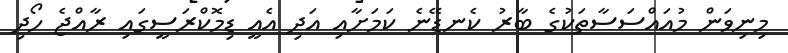
މިނިވަން މުއައްސަސާތަކުގެ ބާރު ކެނޑޭނެ ކަމަށާއި އަދި އެއީ ޑިމޮކްރަސީގައި ރާއްޖެ ހޯދި